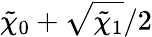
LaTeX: \tilde{\chi}_{0}+\sqrt{\tilde{\chi}_{1}}/2